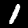
Digit: 1